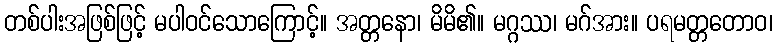
တစ်ပါးအဖြစ်ဖြင့် မပါဝင်သောကြောင့်။ အတ္တနော၊ မိမိ၏။ မဂ္ဂဿ၊ မဂ်အား။ ပရမတ္တတောဝ၊